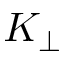
K _ { \perp }